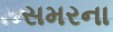
સમરના